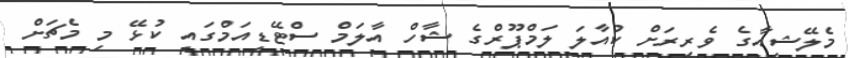
މެލޭޝިއާގެ ވެރިރަށް ކުއާލަ ލަމްޕޫރްގެ ޝާހް އާލަމް ސްޓޭޑިއަމްގައި ކުޅޭ މި މެޗަށް